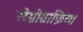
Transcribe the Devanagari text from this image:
स्टेग्नोग्राफ़िया